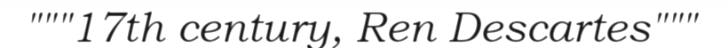
"""17th century, Ren Descartes"""